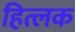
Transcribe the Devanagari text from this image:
हित्लक